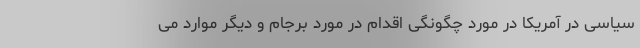
سیاسی در آمریکا در مورد چگونگی اقدام در مورد برجام و دیگر موارد می